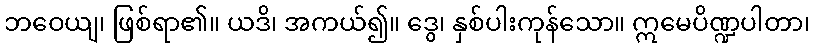
ဘဝေယျ၊ ဖြစ်ရာ၏။ ယဒိ၊ အကယ်၍။ ဒွေ၊ နှစ်ပါးကုန်သော။ ဣမေပိဏ္ဍပါတာ၊